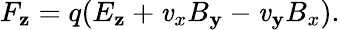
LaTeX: F_{\mathbf{z}}=q(E_{\mathbf{z}}+\mathit{v}_{x}B_{\mathbf{y}}-\mathit{v}_{\mathbf{y}}B_{x}).